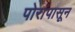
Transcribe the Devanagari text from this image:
पोरांपासून